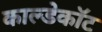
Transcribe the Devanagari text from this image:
काल्डेकॉट